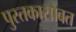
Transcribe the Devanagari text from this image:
पुस्तकासोबत